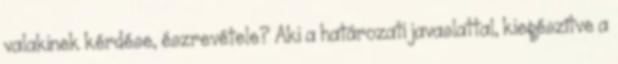
valakinek kérdése, észrevétele? Aki a határozati javaslattal, kiegészítve a